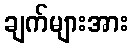
ချက်များအား